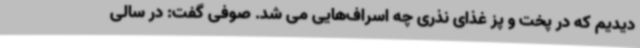
دیدیم که در پخت و پز غذای نذری چه اسراف‌هایی می شد. صوفی گفت: در سالی